Eestimaa_Kommunistliku_Partei_Keskkomitee, lk 145
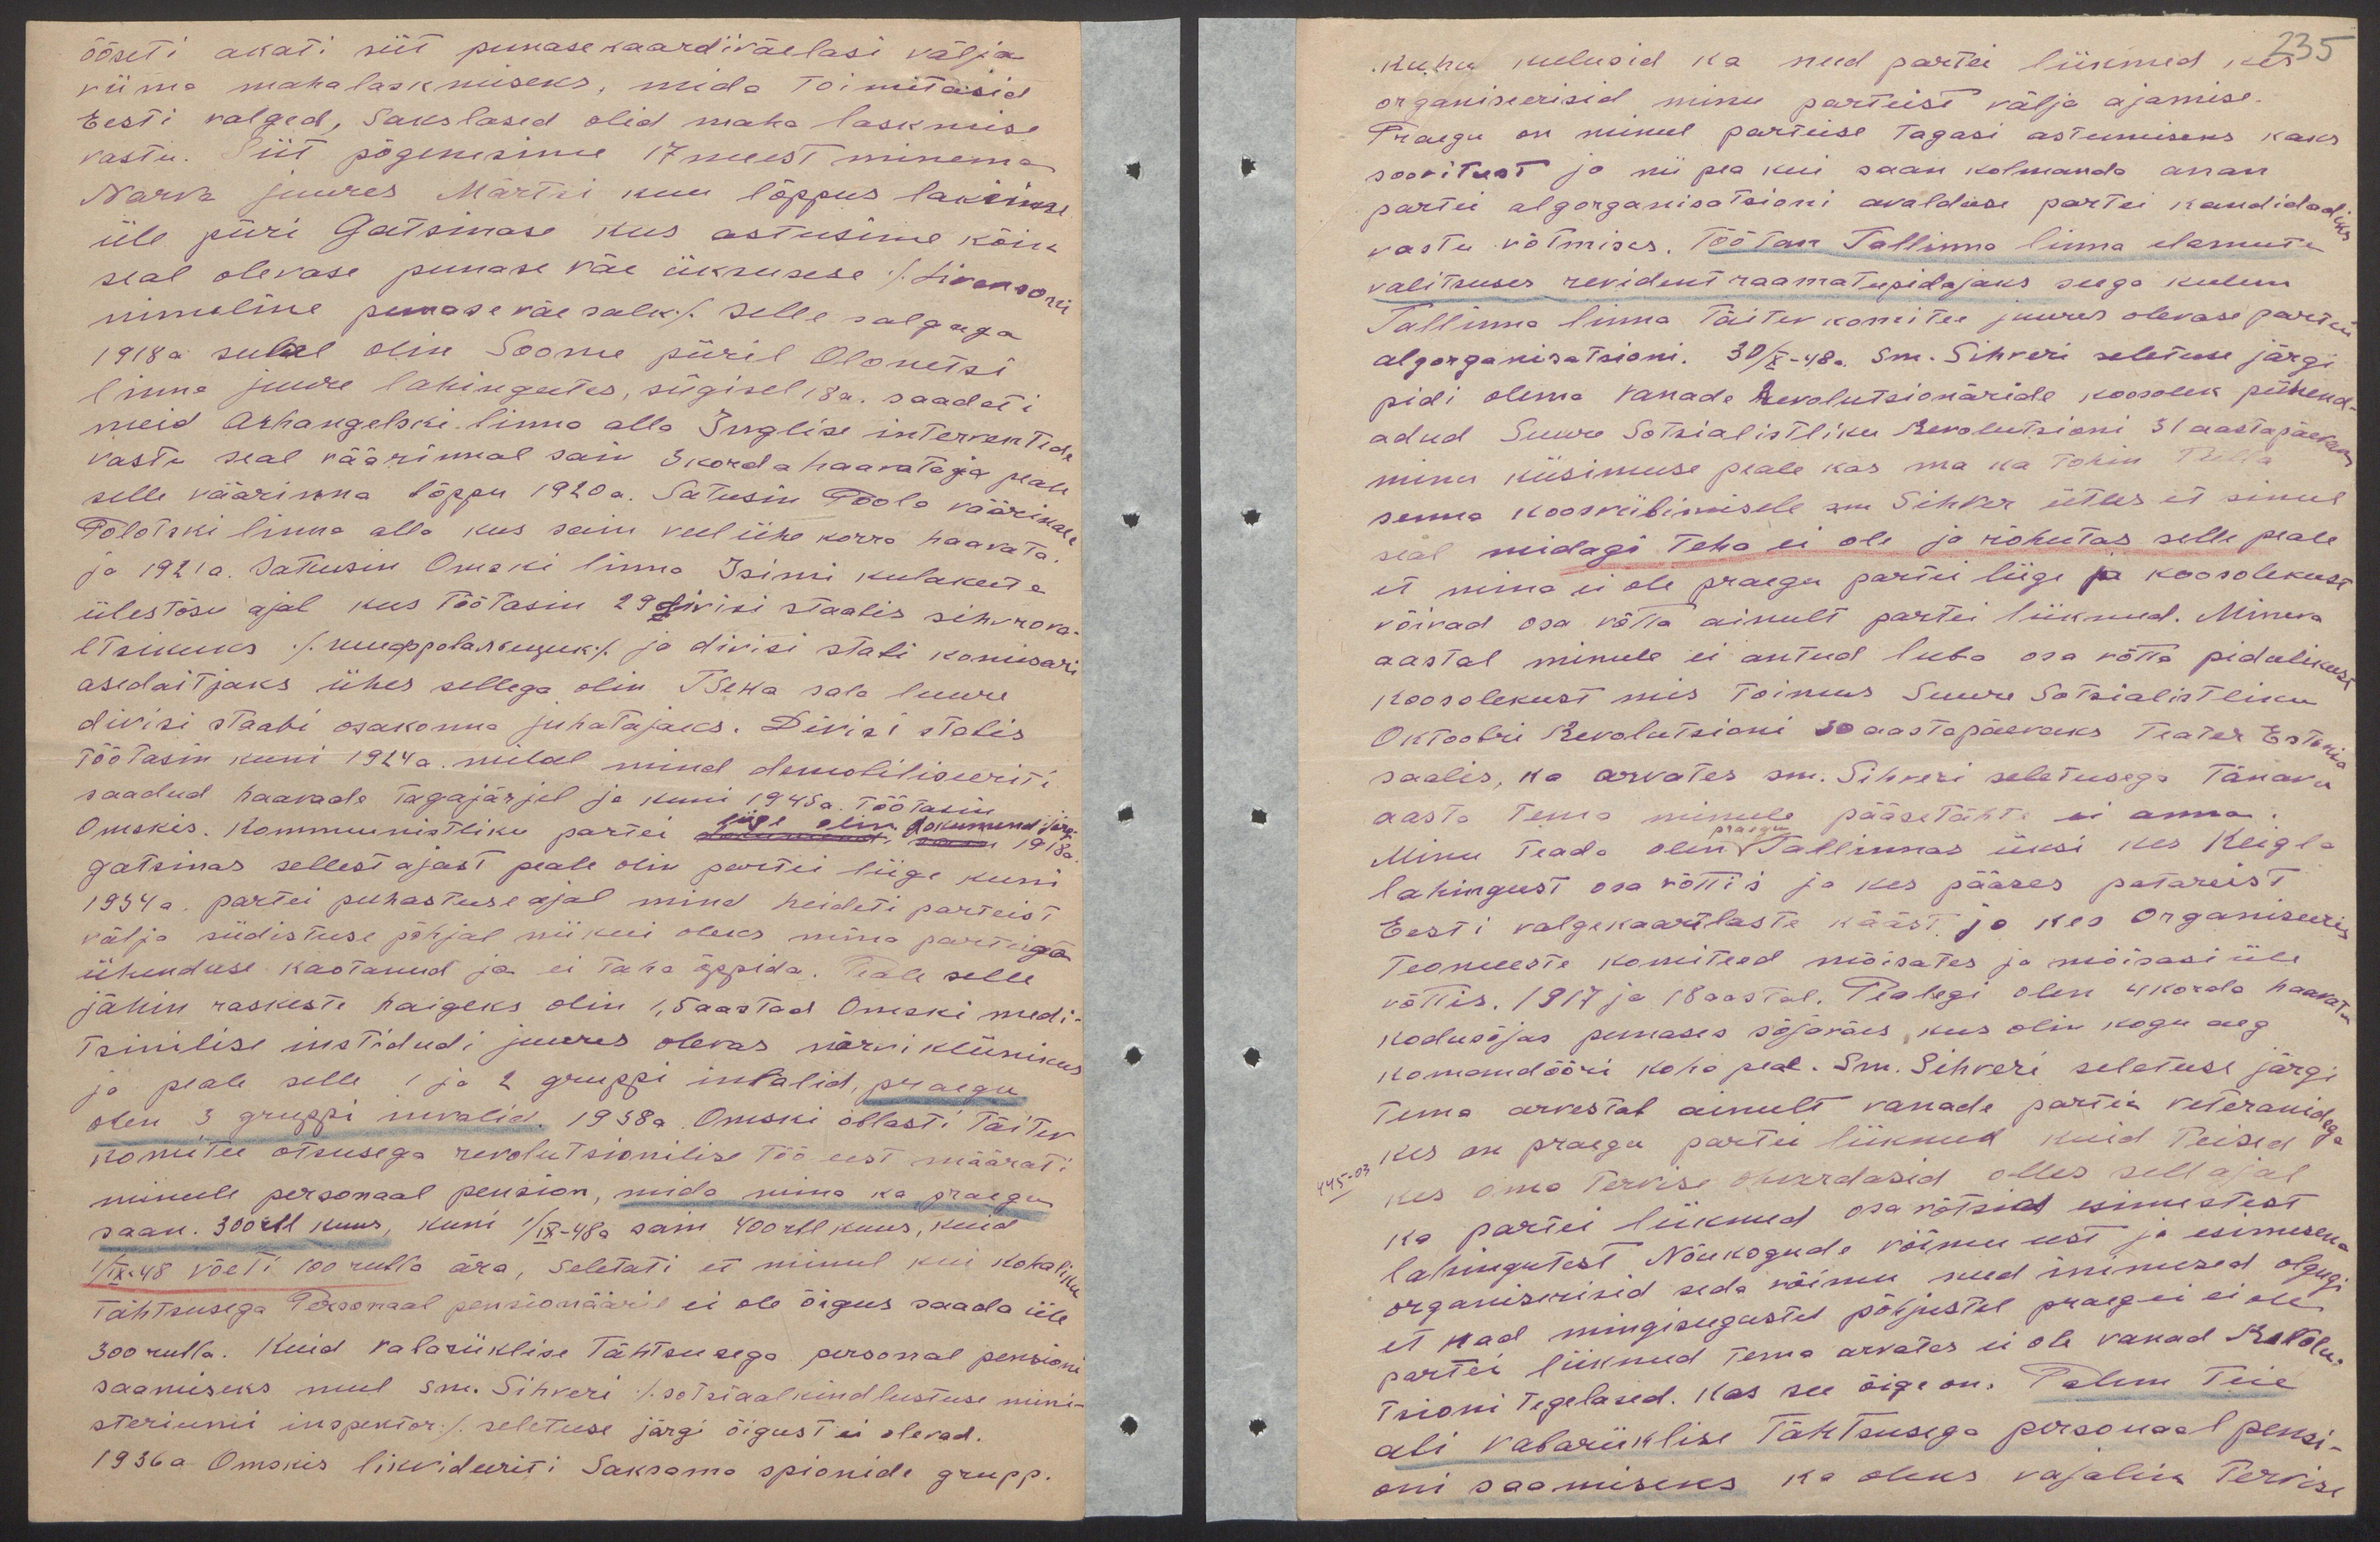
ööseti akati siit punasekaardiväelasi välja
viima mahalaskmiseks, mida toimetasid
Eesti valged, sakslased olid maha laskmise
vastu. Siit põgenesime 17 meest minema
Narva juures Märtsi kuu lõppus laksime
üle piiri Gatsinase kus astusime kõik
seal olevase punase väe üksusese /Livansovi
nimeline punase väe salk/ selle salguga
1918a suvel olin Soome piiril Olonetsi
linna juure lahingutes, sügisel 18a. saadeti
meid Arhangelski linna alla Inglise interventide
vastu seal väärinnal sain 3 korda haavata ja peale
selle väärinna lõppu 1920 a. Satusin Poola väärinale
Polotski linna alla kus sain veel ühe korra haavata
ja 1921 a. sattusin Omski linna Isimi kulakute
ülestõsu ajal kus töötasin 29 divisi staabis sihvrova-
ltsikuks /пмерронаяникъ/ ja divisi stabi komisari
asedaitjaks ühes sellega olin TSeKa sala luure
divisi staabi osakonna juhatajaks. Divisi stabis
töötasin kuni 1924 a. milal mind demobiliseeriti
saadud haavade tagajärjel ja kuni 1945 a. töötasin
Omskis. Kommunistliku partei liige olin dokumend järgi 1918a
Gatsinas sellest ajast peale olin partei liige kuni
1934 a. partei puhastuse ajal mind heideti parteist
välja südistuse põhjal nii kui oleks mina parteiga
ühenduse kaotanud ja ei taha õppida. Peale selle
jähin raskeste haigeks olin 1,5 aastad Omski medi-
tsinilise instidudi juures olevas närvikliinikus
ja peale selle 1 ja 2 gruppi invalid, praegu
olen 3 gruppi invalid. 1938a. Omski oblasti täitev
komitee otsusega revolutsionilise töö eest määrati
minule personaal pension, mida mina ka praegu
saan. 300 rbl kuus, kuni 1/IX-48a sain 400 rbl kuus, kuid
1/IX-48 võeti 100 rubla ära, seletati ei minul kui kohaliku
tähtsusega Personaal pensionääril ei ole õigus saada üle
300 rubla. Kuid vabariiklise tähtsusega personal pensioni
saamiseks mul sm. Sihveri /sotsiaalkindlustuse mini-
steriumi inspektor/ seletuse järgi õigust ei olevad.
1936a Omskis likvideeriti Saksama spionide grupp.

kuhu kulusid ka need partei liikmed kes
235
organiseerisid minu parteise välja ajamise.
Praegu on minul parteise tagasi astumiseks kaks
soovitust ja nii pea kui saan kolmanda anan
partei algorganisatsioni avalduse partei kandidadiks
vastu võtmises. Töötan Tallinna linna elamute
valitsuses revident raamatupidajaks seega kulun
Tallinna linna Täitev komitee juures olevase partei
algorganisatsioni. 30/X-48a. sm. Sihveri seletuse järgi
pidi olema vanade Revolutsionäride koosolek pühend
adud Suure Sotsialistliku Revolutsioni 31 aastapäevaks
minu küsimuse peale kas ma ka tohin tulla
senna koosviibimisele sm Sihver ütles et sinul
seal midagi teha ei ole ja rõhutas selle peale
et mina ei ole praegu partei liige ja koosolekust
võivad osa võtta ainult partei liikmed. Mineva
aastal minule ei antud luba osa võtta pidulikust
koosolekust mis toimus Suure Sotsialistliku
Oktoobri Revolutsioni 30 aastapäevaks Teater Estonia
saalis, ka arvates sm. Sihveri seletusega tänavu
aasta tema minule pääsetähte ei anna.
praegu
Minu teada olen Tallinnas üksi kes Keigla
lahingust osa võttis ja kes pääses patareist
Eesti valgekaartlaste kääst ja kes organiseeris
teomeeste komiteed mõisates ja mõisasi üle
võttis. 1917 ja 18 aastal. Pealegi olen 4 korda haavata
kodusõjas punases sõjaväes, kus olin kogu aeg
komandööri koha peal. Sm. Sihveri seletuse järgi
tema arvestab ainult vanade partei veteranidega
kes on praegu partei liikmed kuid teised
kes oma tervise ohverdasid olles sell ajal
ka partei liikmed osa võtsid esimestest
lahingutest Nõukogude võimu eest ja esimesena
organiserisid seda võimu need inimesed olgugi
et nad mingisugustel põhjustel praegu ei ole
partei liikmed tema arvates ei ole vanad Revolu-
tsioni tegelased. Kas see õige on. Palun Teie
abi vabariiklise tähtsusega personaal pensi-
oni saamiseks ka oleks vajalik tervise